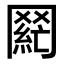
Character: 𮊌